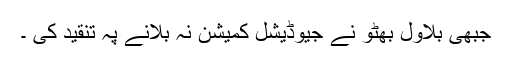
جبھی بلاول بھٹو نے جیوڈیشل کمیشن نہ بلانے پہ تنقید کی ۔